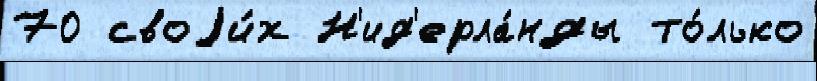
70 своjи́х Н'ид'ерла́нды то́лько